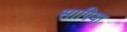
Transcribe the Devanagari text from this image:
सापिया